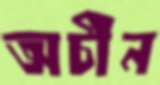
অচীন